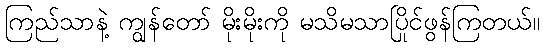
ကြည်သာနဲ့ ကျွန်တော် မိုးမိုးကို မသိမသာပြိုင်ဖွန်ကြတယ်။